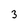
Character: 3